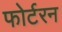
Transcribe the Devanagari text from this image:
फोर्टरन